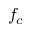
f _ { c }